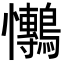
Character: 𭟫